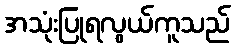
အသုံးပြုရလွယ်ကူသည်